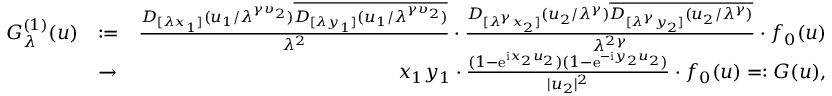
\begin{array} { r l r } { G _ { \lambda } ^ { ( 1 ) } ( \boldsymbol { u } ) } & { : = } & { \frac { D _ { [ \lambda x _ { 1 } ] } ( u _ { 1 } / \lambda ^ { \gamma \upsilon _ { 2 } } ) \overline { { D _ { [ \lambda y _ { 1 } ] } ( u _ { 1 } / \lambda ^ { \gamma \upsilon _ { 2 } } ) } } } { \lambda ^ { 2 } } \cdot \frac { D _ { [ \lambda ^ { \gamma } x _ { 2 } ] } ( u _ { 2 } / \lambda ^ { \gamma } ) \overline { { D _ { [ \lambda ^ { \gamma } y _ { 2 } ] } ( u _ { 2 } / \lambda ^ { \gamma } ) } } } { \lambda ^ { 2 \gamma } } \cdot f _ { 0 } ( \boldsymbol { u } ) } \\ & { \to } & { x _ { 1 } y _ { 1 } \cdot \frac { ( 1 - \mathrm e ^ { \mathrm i x _ { 2 } u _ { 2 } } ) ( 1 - \mathrm e ^ { - \mathrm i y _ { 2 } u _ { 2 } } ) } { | u _ { 2 } | ^ { 2 } } \cdot f _ { 0 } ( \boldsymbol { u } ) = : G ( \boldsymbol { u } ) , } \end{array}